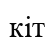
кіт